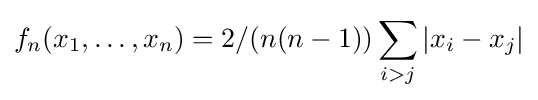
f_{n}(x_{1},\ldots ,x_{n})=2/(n(n-1))\sum _{i>j}|x_{i}-x_{j}|